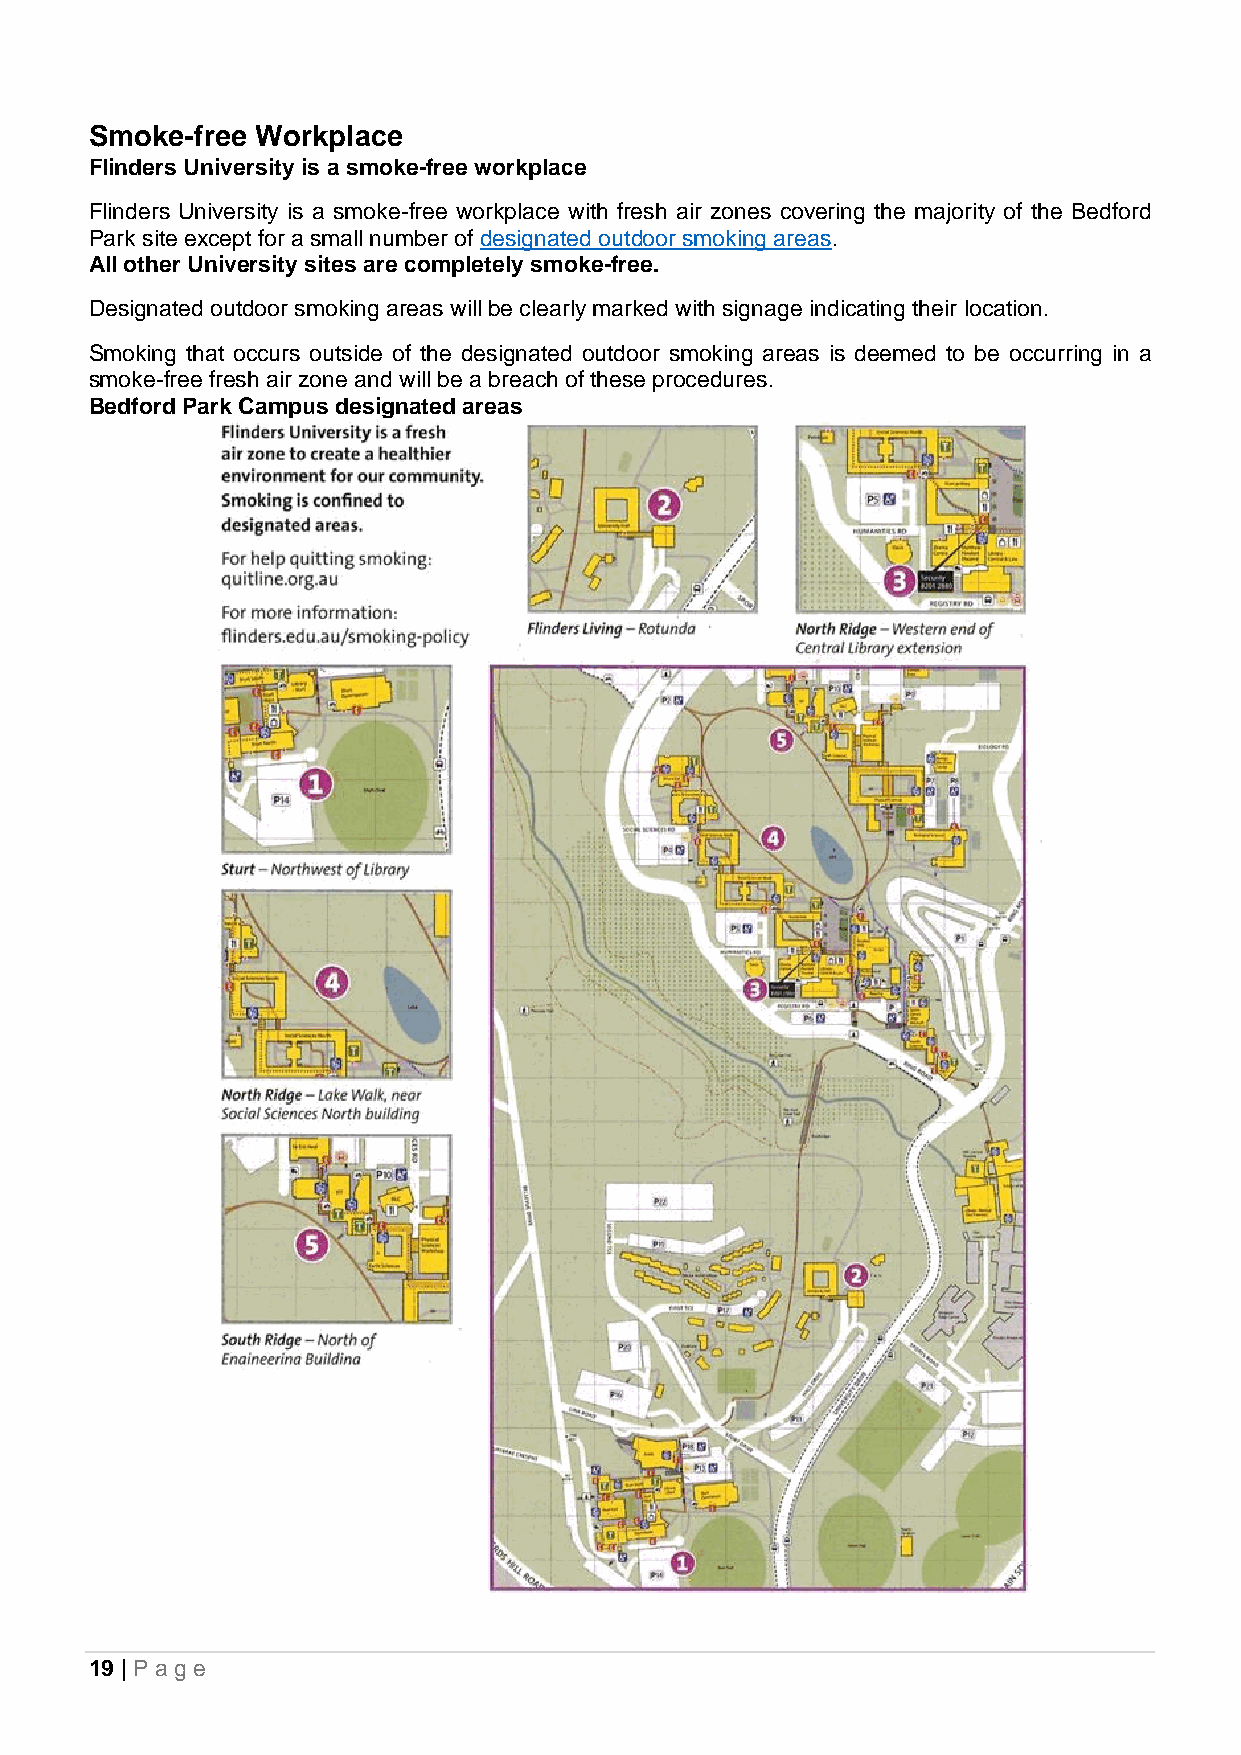
Smoke-free Workplace
 Flinders University is a smoke-free workplace
 Flinders University is a smoke-free workplace with fresh air zones covering the majority of the Bedford
 Park site except for a small number of designated outdoor smoking areas.
 All other University sites are completely smoke-free.
 Designated outdoor smoking areas will be clearly marked with signage indicating their location.
 Smoking that occurs outside of the designated outdoor smoking areas is deemed to be occurring in a
 smoke-free fresh air zone and will be a breach of these procedures.
 Bedford Park Campus designated areas
 19 | Pa g e